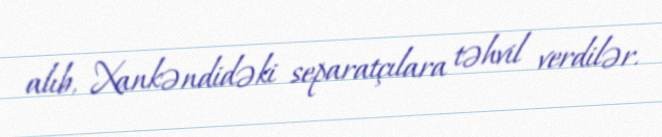
alıb, Xankəndidəki separatçılara təhvil verdilər.